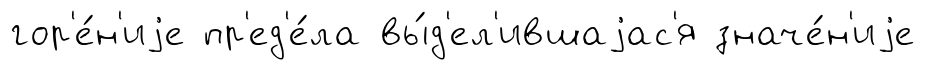
гор'е́н'иjе пр'ед'е́ла вы́д'ел'ившаjас'я значе́н'иjе